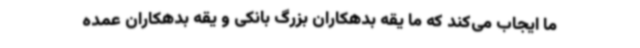
ما ایجاب می‌کند که ما یقه بدهکاران بزرگ بانکی و یقه بدهکاران عمده